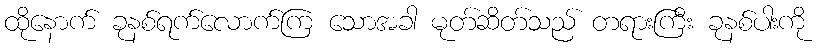
ထိုနောက် ခုနစ်ရက်လောက်ကြ သောအခါ မုတ်ဆိတ်သည် တရားကြီး ခုနစ်ပါးကို